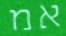
אמ